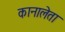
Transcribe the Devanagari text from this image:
कानालेता